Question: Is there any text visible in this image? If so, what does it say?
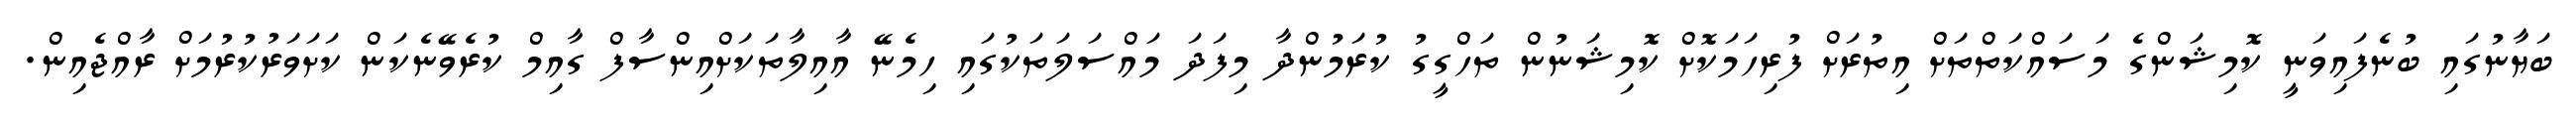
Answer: ބަޔާނުގައި ބުނެފައިވަނީ ކޮމިޝަންގެ މަސައްކަތްތަށް އިތުރަށް ފުރިހަމަކޮށް ކޮމިޝަނުން ތަހްގީގު ކުރަމުންދާ މިފަދަ މައްސަލަތަކުގައި ހިމެނޭ އާއިލާތަކަށްއިންސާފް ގާއިމް ކުރެވޭނެކަން ކަށަވަރުކުރުމަށް ރާއްޖެއިން.